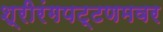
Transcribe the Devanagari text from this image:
श्रीरंगपट्टणमवर